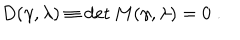
D ( \gamma , \lambda ) \equiv \det M ( \gamma , \lambda ) = 0 \; .